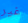
غير